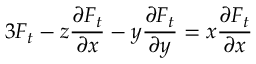
3 F _ { t } - z { \frac { \partial F _ { t } } { \partial x } } - y { \frac { \partial F _ { t } } { \partial y } } = x { \frac { \partial F _ { t } } { \partial x } }